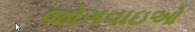
જોગવાઇઓ